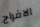
الافراج